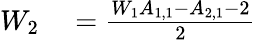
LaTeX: \begin{array}{rl}{W_{2}}&{{}=\frac{W_{1}A_{1,1}-A_{2,1}-2}{2}}\end{array}